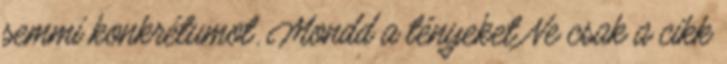
semmi konkrétumot. Mondd a tényeket Ne csak a cikk